Civil Veterinary Dept. Assam report 1927-50 - 1927-1950
Year: 1927
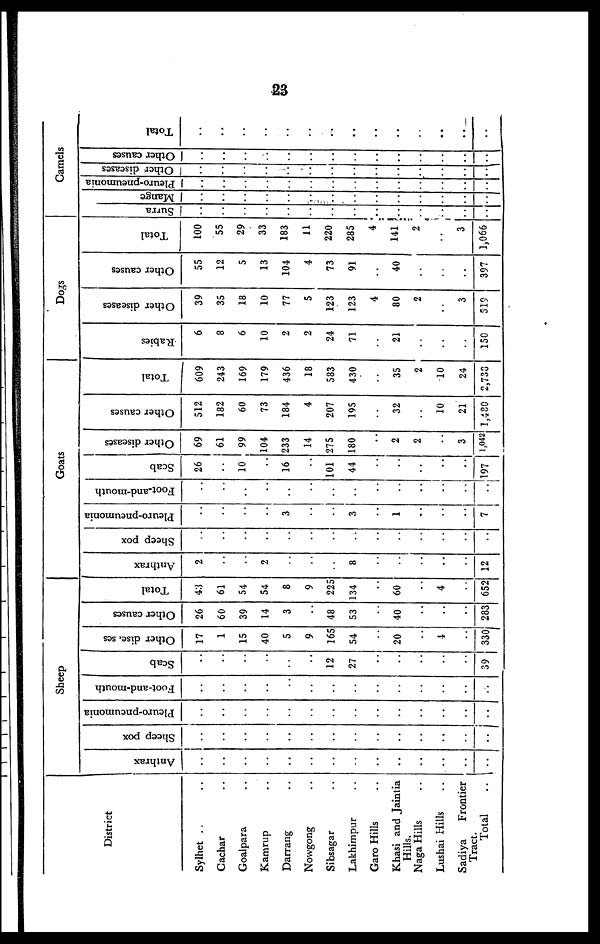
23
District
Sylhet .. ..
Cachar ..
Goalpara ..
Kamrup..
Darrang ..
Nowgong ..
Sibsagar ..
Lakhimpur ..
Garo Hills ..
Khasi and Jaintia
Hills.
Naga Hills ..
Lushai Hills ..
Sadiya
Frontier
Tract.
Total ..
Sheep
Anthrax
..
..
..
..
..
..
..
..
..
..
..
..
..
..
Sheep pox
..
..
..
..
..
..
..
..
..
..
..
..
..
..
Pleuro-pneumonia
..
..
..
..
..
..
..
..
..
..
..
..
..
..
Foot-and-mouth
..
..
..
..
..
..
..
..
..
..
..
..
..
..
Scab
..
..
..
..
..
..
12
27
..
..
..
..
..
39
Other disc, scs
17
1
15
40
5
9
165
54
..
20
..
4
..
330
Other causes
26
60
39
14
3
..
48
53
..
40
..
..
..
283
Total
43
61
54
54
8
9
225
134
..
60
..
4
..
652
Goats
Anthrax
2
..
..
2
..
..
..
8
..
..
..
..
..
12
Sheep pox
..
..
..
..
..
..
..
..
..
..
..
..
..
..
Pleuro-pneumonia
..
..
..
..
3
..
..
3
..
1
..
..
..
7
Foot-and-mouth
..
..
..
..
..
..
..
..
..
..
..
..
..
..
Scab
26
..
10
..
16
..
101
44
..
..
..
..
..
197
Other diseases
69
61
99
104
233
14
275
180
..
2
2
..
3
1,042
Other causes
512
182
60
73
184
4
207
195
..
32
..
10
21
1,480
Total
609
243
169
179
436
18
583
4 30
..
35
2
10
24
2,730
Dogs
Rabies
6
8
6
10
2
2
24
71
..
21
..
..
..
150
Other diseases
39
35
18
10
77
5
123
123
4
80
2
..
3
519
Other causes
55
12
5
13
104
4
73
91
..
40
..
..
..
397
Total
100
55
29
33
183
11
220
285
4
141
2
..
3
1,066
Camels
Surra
..
..
..
..
..
..
..
..
..
..
..
..
..
..
Mange
..
..
..
..
..
..
..
..
..
..
..
..
..
..
Pleuro-pneumonia
..
..
..
..
..
..
..
..
..
..
..
..
..
..
Other diseases
..
..
..
..
..
..
..
..
..
..
..
..
..
..
Other causes
..
..
..
..
..
..
..
..
..
..
..
..
..
..
Total
..
..
..
..
..
..
..
..
..
..
..
..
..
..